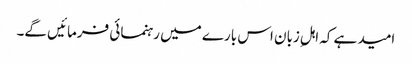
امید ہے کہ اہلِ زبان اس بارے میں رہنمائی فرمائیں گے۔